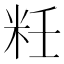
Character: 𰪯